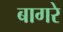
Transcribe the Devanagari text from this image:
बागरे